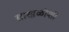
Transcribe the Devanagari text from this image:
साखळीशी